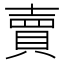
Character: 賣